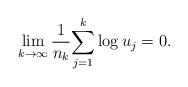
LaTeX: \begin{align*} \lim_{k\to\infty} {1 \over n_k} {\sum_{j=1}^k\log u_j }=0.\end{align*}